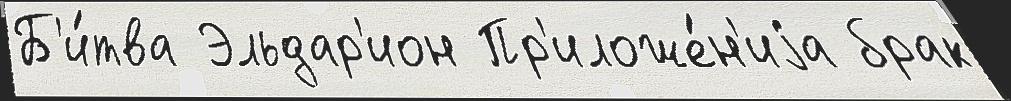
Б'и́тва Эльдар'ион Пр'иложе́н'иjа брак